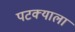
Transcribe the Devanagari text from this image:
पटक्याला